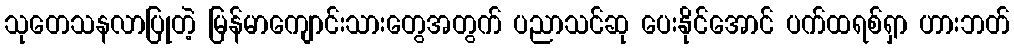
သုတေသနလာပြုတဲ့ မြန်မာကျောင်းသားတွေအတွက် ပညာသင်ဆု ပေးနိုင်အောင် ပက်ထရစ်ရှာ ဟားဘတ်